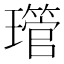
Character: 𤪔